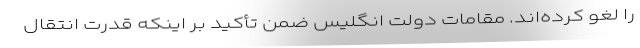
را لغو کرده‌اند. مقامات دولت انگلیس ضمن تأکید بر اینکه قدرت انتقال